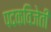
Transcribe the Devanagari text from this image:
पदकविजेती